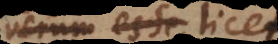
verum esse sive